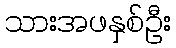
သားအဖနှစ်ဦး